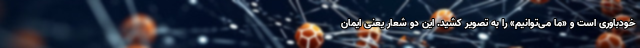
خودباوری است و «ما می‌توانیم» را به تصویر کشید. این دو شعار یعنی ایمان